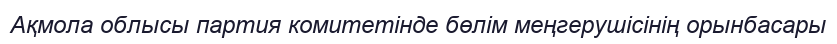
Ақмола облысы партия комитетінде бөлім меңгерушісінің орынбасары